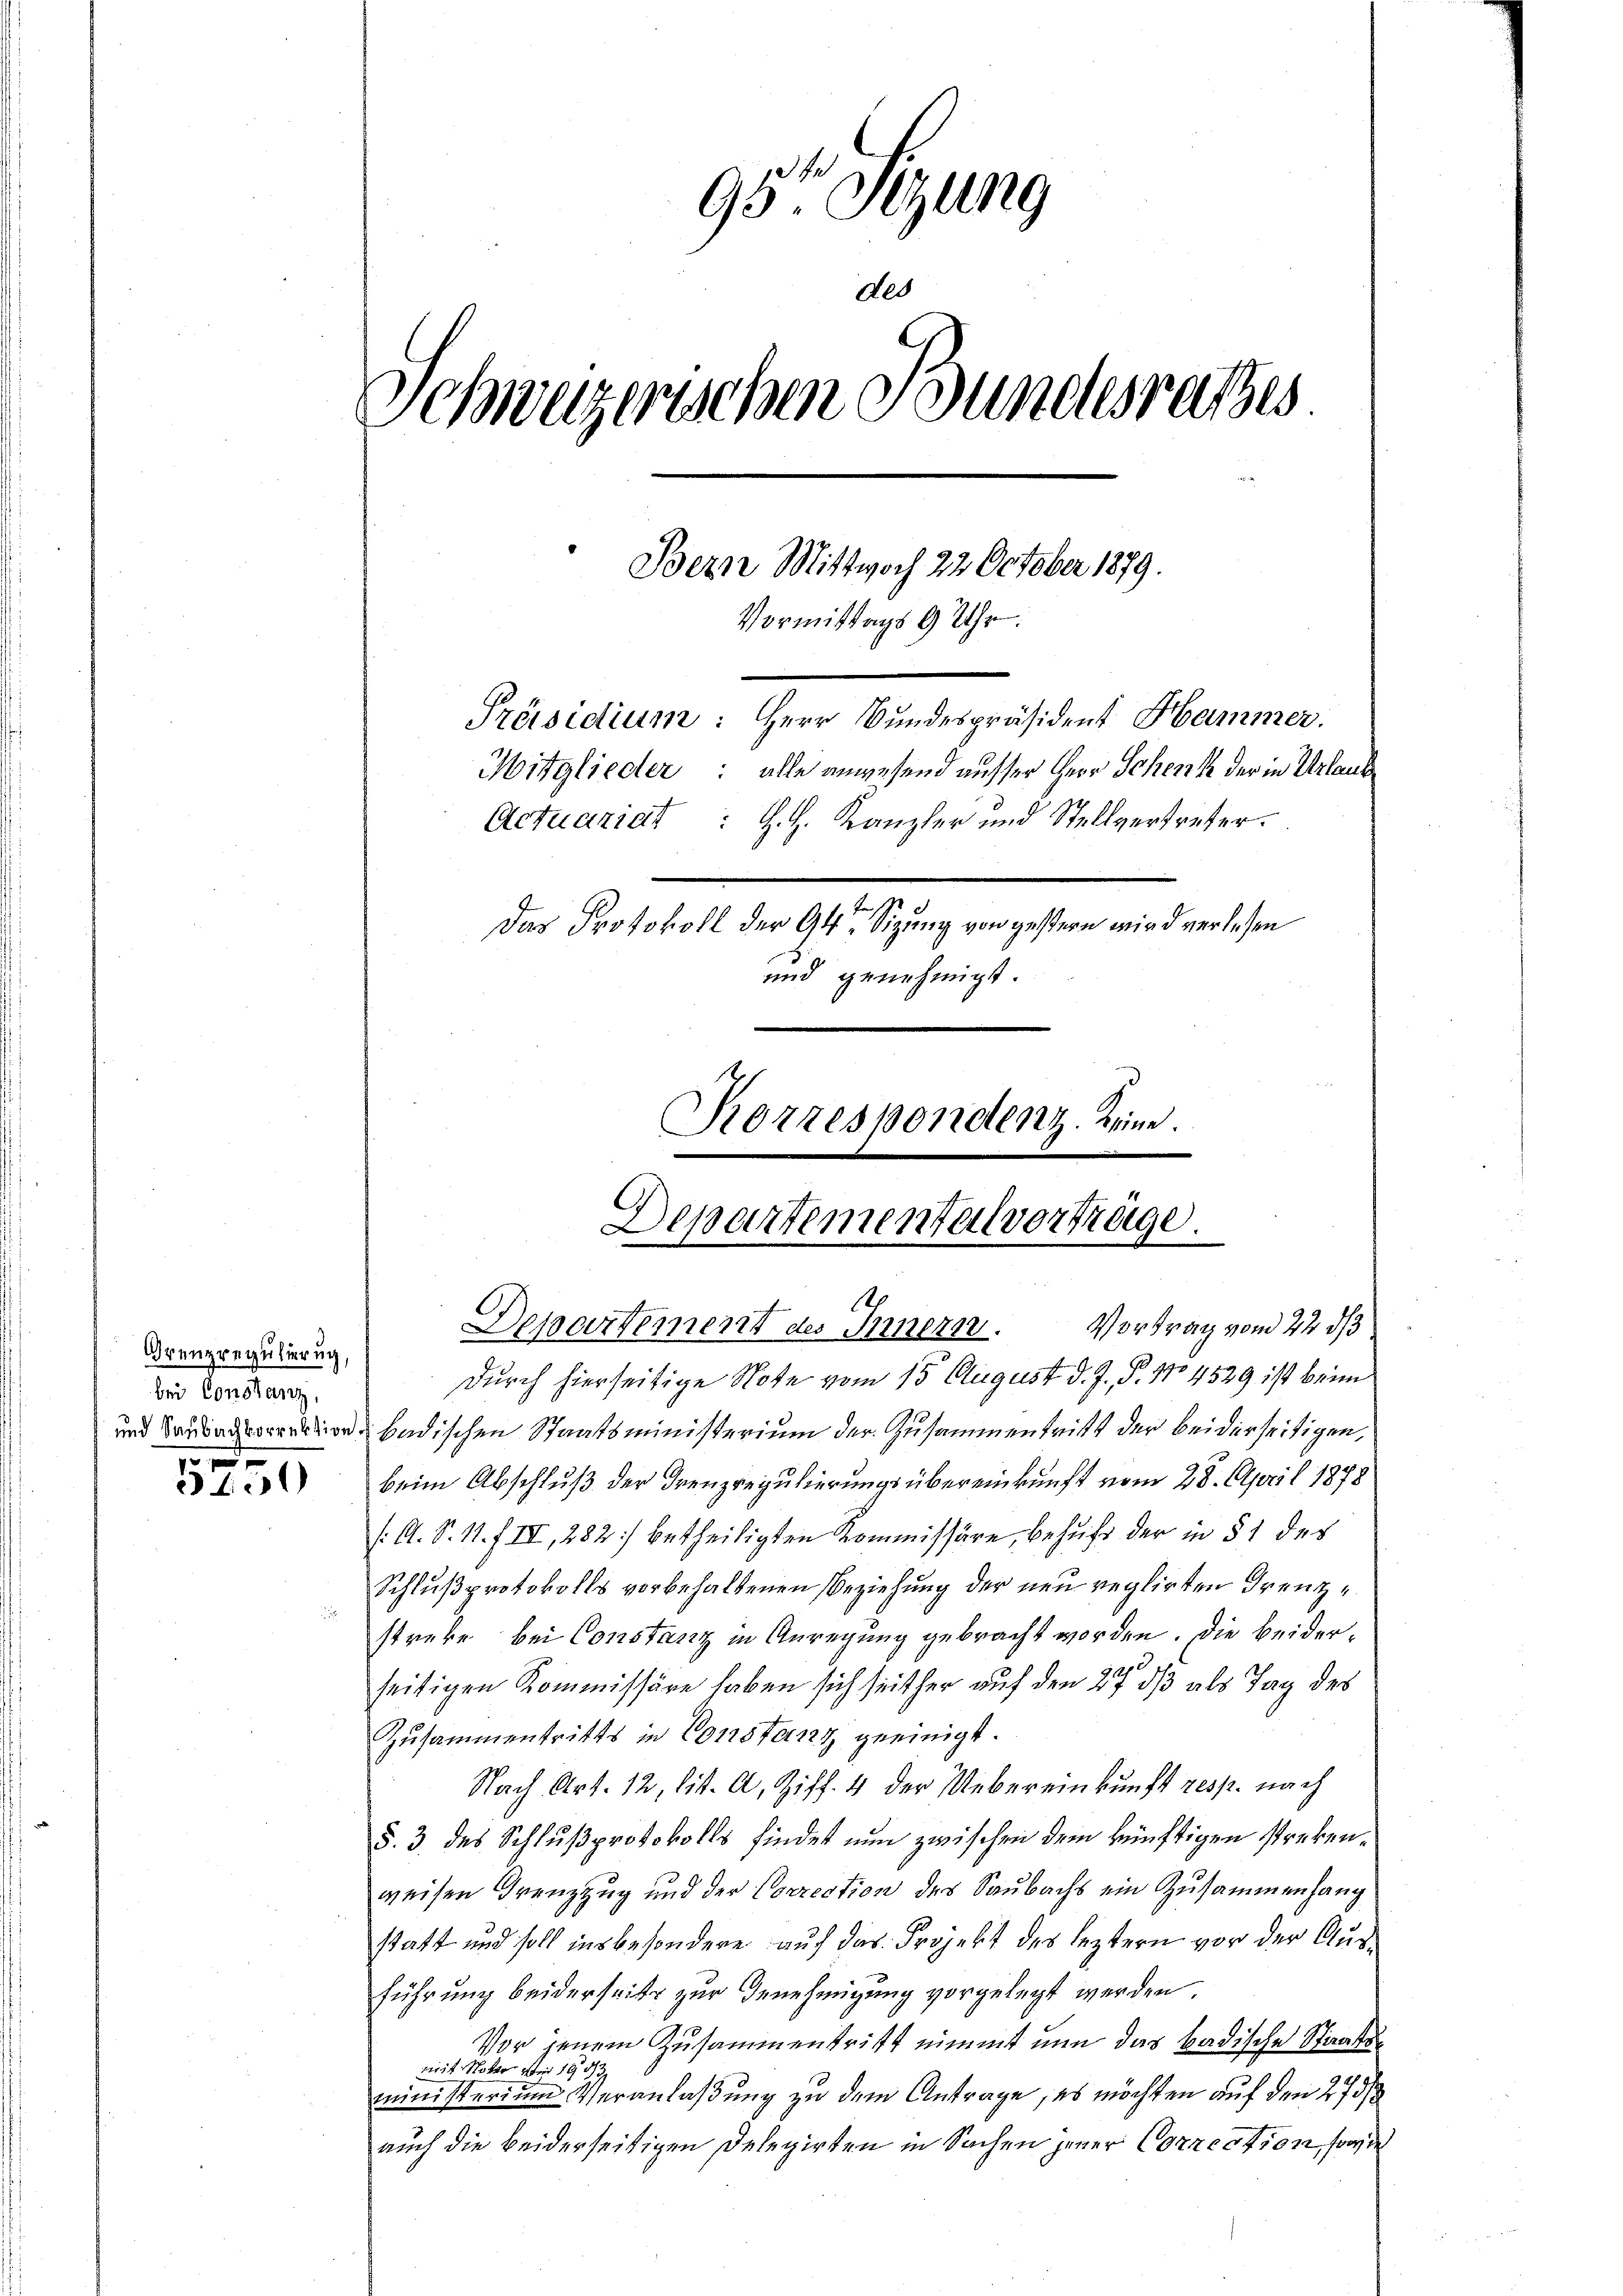
f

95te Sitzung
des
Schweizerischen Bundesrathes
Bern Mittwoch 22 October 1879.
Vormittags 9 Uhr
Präsidium: Herr Bundespräsident Hammer.
Mitglieder: alle anwesend ausser Herr Schenk der in Urlaub
Actuariat : H. H. Kanzler und Stellvertreter.
Das Protokoll der 94. Sitzung von gestern wird verlesen
und genehmigt.
Korrespondenz Keine.

Grenzregulierung,
bei Constanz,
10 und

Departementalverträge.
1.
Departement des Innern. Vortrag vom 22. ds

durch hierseitige Note vom 15. August d. J. P. No 4529 ist beim
und Bausalention bedischen Staatsministerium der Zusammentritt der beiderseitigen,
beim Abschluß der Treuzregulierungsübereinkunft vom 28. April 1878
/: A. S. 11. f. III, 282] betheiligten Kommissäre, behufs der in § 1 des
Schlußprotokolls vorbehaltenen Beziehung der neu reglirten Grenzstreke, bei Constanz in Anregung gebracht worden. Die Beiderseitigen Kommissäre haben sich seither auf den 27. dß als Tag des
Zusammentritts in Constanz geeinigt.
Nach Art. 12, lit. A. Ziff. 4 der Uebereinkunft resp. nach
§. 3 des Schlußprotokolls findet nun zwischen dem künftigen strekenweisen Grenzzug und der Correction des Saubachs ein Zusammenhang
statt und soll insbesondere auf das Projekt des leztern vor der Ausführung beiderseits zur Genehmigung vorgelegt werden.
Vor jenem Zusammentritt nimmt nun das badische Staatsmit Noter der 190
ministerium Veranlaßung zu dem Antrage, es möchten auf den 273
auch die beiderseitigen Delegirten in Sachen jener Correction, sowie